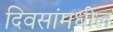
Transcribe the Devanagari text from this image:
दिवसांमधील